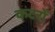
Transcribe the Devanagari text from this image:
कटरों